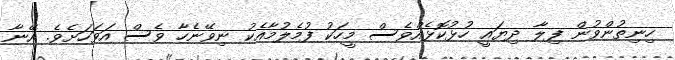
ހިނިތުންވުން ފިލާ ދިޔައީ ހުޅުކޮޅެއްވެސް މީހަކު ފުމެލުމާއެކު ނިވޭނެހާ ވެސް އަވަހަށެވެ. އޭނާ